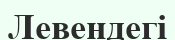
Левендегі